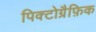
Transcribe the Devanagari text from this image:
पिक्टोग्रैफ़िक